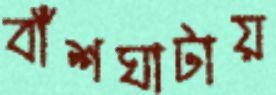
বাঁশঘাটায়